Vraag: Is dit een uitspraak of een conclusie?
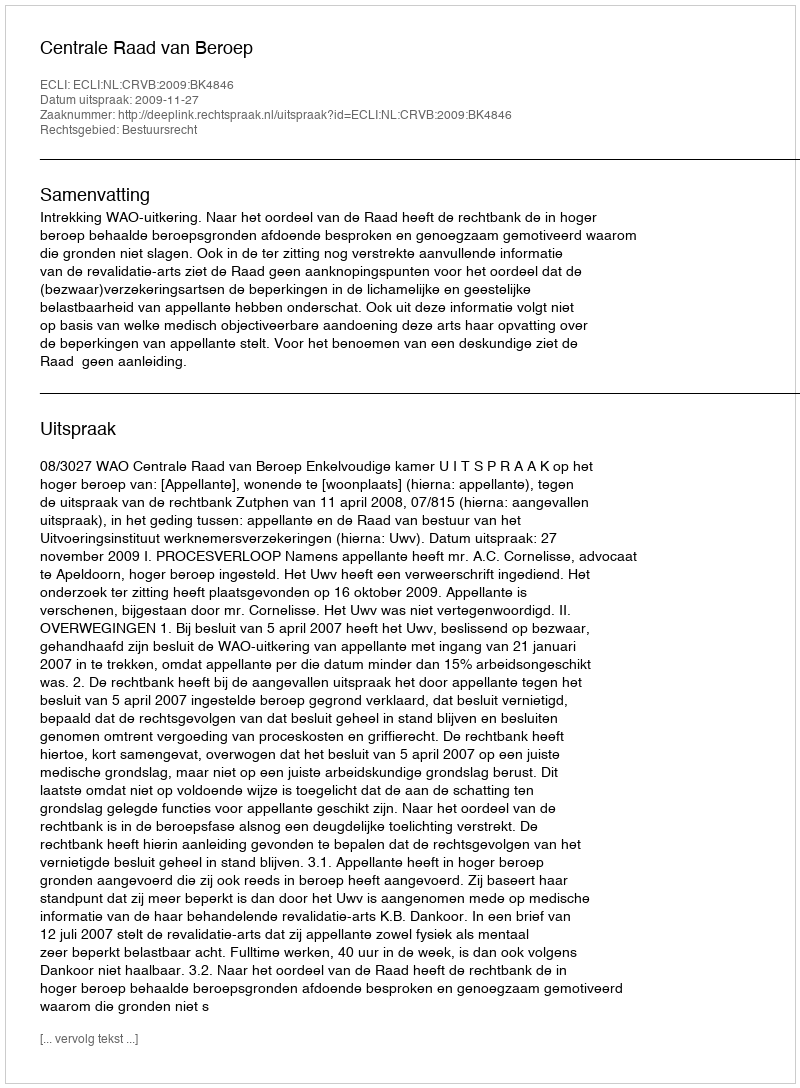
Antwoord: Uitspraak